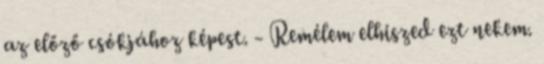
az előző csókjához képest. - Remélem elhiszed ezt nekem.